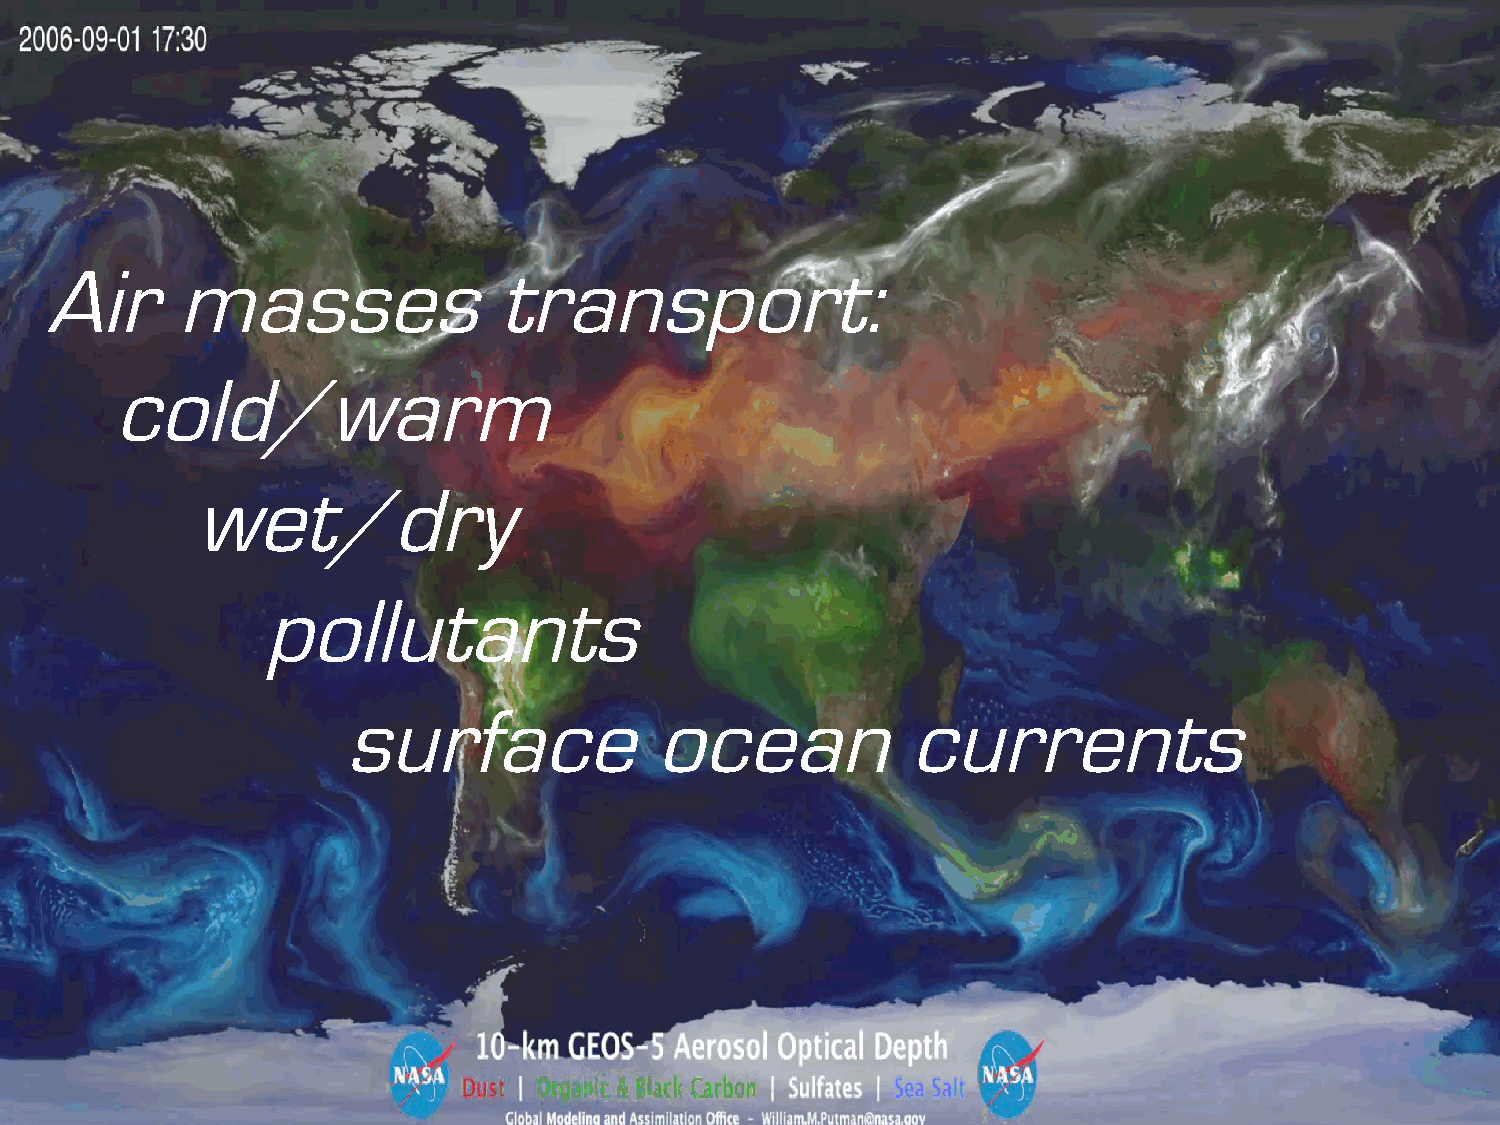
Air      masses               transport:
 cold/warm
 wet/dry
 pollutants
 surface             ocean            currents